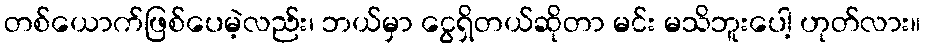
တစ်ယောက်ဖြစ်ပေမဲ့လည်း၊ ဘယ်မှာ ငွေရှိတယ်ဆိုတာ မင်း မသိဘူးပေါ့ ဟုတ်လား။